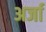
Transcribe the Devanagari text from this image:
अर्जा